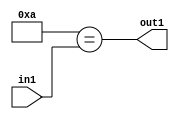
`timescale 1ps / 1ps
/*****************************************************************************
    Verilog RTL Description
    
    
    Created by: Stratus DpOpt 21.05.01 
*******************************************************************************/

module dut_Equal_1U_19_4 (
	in1,
	out1
	); /* architecture "behavioural" */ 
input [5:0] in1;
output  out1;
wire  asc001;

assign asc001 = (11'B00000001010==in1);

assign out1 = asc001;
endmodule

/* CADENCE  urb5TQs= : u9/ySxbfrwZIxEzHVQQV8Q== ** DO NOT EDIT THIS LINE ******/